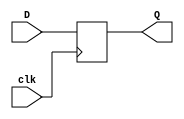
`timescale 1ns / 1ps
//////////////////////////////////////////////////////////////////////////////////
// Company: 
// Engineer: 
// 
// Design Name: 
// Module Name: DFF
// Project Name: 
// Target Devices: 
// Tool Versions: 
// Description: 
// 
// Dependencies: 
// 
// Revision:
// Revision 0.01 - File Created
// Additional Comments:
// 
//////////////////////////////////////////////////////////////////////////////////


module DFF(
    input D,
    input clk,
    output reg Q
    );
    
    always @(posedge clk)
    begin 
        Q <= D;
    end 
endmodule